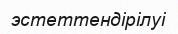
эстеттендірілуі